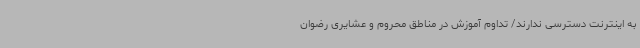
به اینترنت دسترسی ندارند/ تداوم آموزش در مناطق محروم و عشایری رضوان